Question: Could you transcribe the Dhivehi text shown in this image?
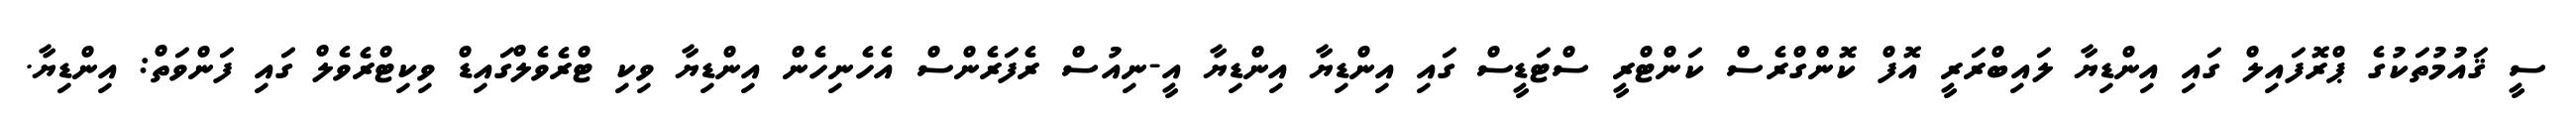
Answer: ސީ ޤައުމުތަކުގެ ޕްރޮފައިލް ގައި އިންޑިޔާ ލައިބްރަރީ އޮފް ކޮންގްރެސް ކަންޓްރީ ސްޓަޑީސް ގައި އިންޑިޔާ އިންޑިޔާ އީ-ނިއުސް ރެފަރެންސް އެހެނިހެން އިންޑިޔާ ވިކި ޓްރެވެލްގައިޑް ވިކިޓްރެވެލް ގައި ފަންވަތް: އިންޑިޔާ.